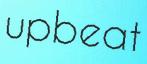
upbeat